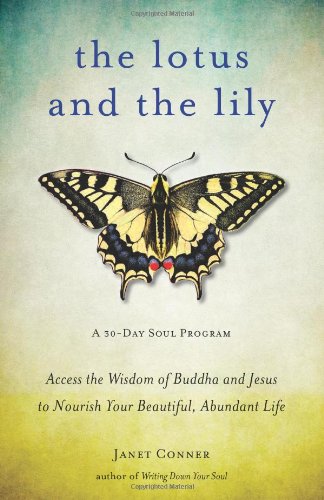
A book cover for The Lotus and the Lily: Access the Wisdom of Buddha and Jesus to Nourish Your Beautiful, Abundant Life; Janet Conner; Self-Help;